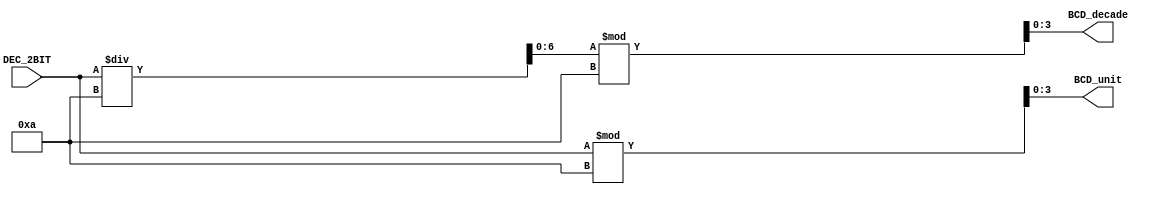
`timescale 1ns/1ps
module BCD_encoder(
	input [7:0]DEC_2BIT,
	output [3:0]BCD_decade,
	output [3:0]BCD_unit
	);
	wire [6:0]temp;
	assign temp = DEC_2BIT / 10;
	assign BCD_decade = temp % 10;
	assign BCD_unit = DEC_2BIT % 10;
endmodule